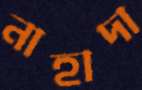
নাহাদা